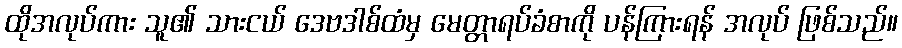
ထိုအလုပ်ကား သူ၏ သားငယ် ဒေဗဒါစ်ထံမှ မေတ္တာရပ်ခံစာကို ပန်ကြားရန် အလုပ် ဖြစ်သည်။